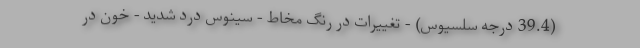
(39.4 درجه سلسیوس) - تغییرات در رنگ مخاط - سینوس درد شدید - خون در